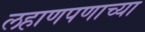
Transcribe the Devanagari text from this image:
लहाणपणाच्या